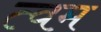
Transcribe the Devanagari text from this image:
त्वम